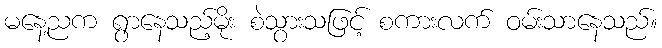
မနေ့ညက ရွာနေသည့်မိုး စဲသွားသဖြင့် စကားလက် ဝမ်းသာနေသည်။